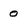
Character: 0